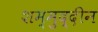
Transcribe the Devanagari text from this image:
शम्मुद्दीन